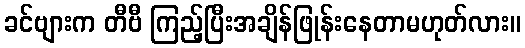
ခင်ဗျားက တီဗီ ကြည့်ပြီးအချိန်ဖြုန်းနေတာမဟုတ်လား။